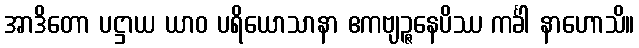
အာဒိတော ပဋ္ဌာယ ယာဝ ပရိယောသာနာ ဧကဗျဉ္ဇနေပိဿ ကင်္ခါ နာဟောသိ။